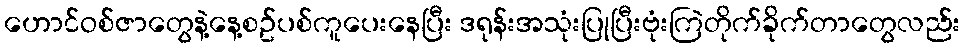
ဟောင်ဝစ်ဇာတွေနဲ့နေ့စဥ်ပစ်ကူပေးနေပြီး ဒရုန်းအသုံးပြုပြီးဗုံးကြဲတိုက်ခိုက်တာတွေလည်း